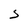
Character: S